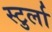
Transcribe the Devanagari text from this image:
स्टुर्ला